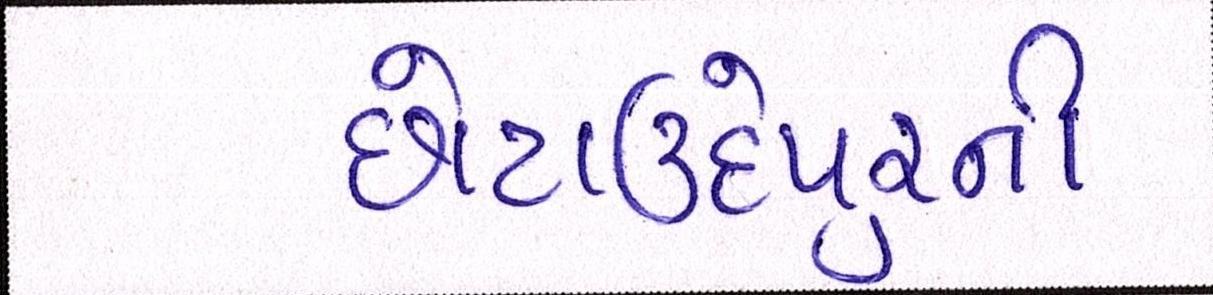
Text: છોટાઉદેપુરની